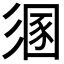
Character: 𢒤